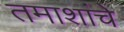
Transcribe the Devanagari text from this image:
तमाशांचे